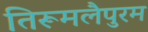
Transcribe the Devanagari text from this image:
तिरूमलैपुरम